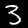
Digit: 3